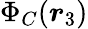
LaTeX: \Phi_{C}(\boldsymbol{r}_{3})